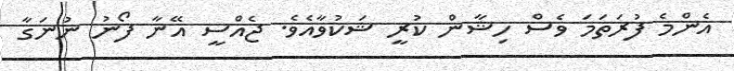
އެންމެ ފުރަތަމަ ވެސް ހިޝާން ކުރީ ޝަކުވާއެވެ. ޖެއްސީ އޭނާ ފޯނު ނުނަގާ